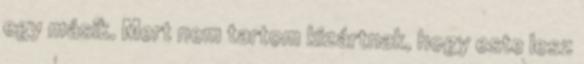
egy másik. Mert nem tartom kizártnak, hogy este lesz